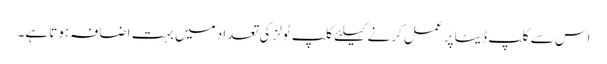
اس سے کلپ ڈیٹا پر عمل کرنے کیلئے کلپ ٹولز کی تعداد میں بہت اضافہ ہوتا ہے۔